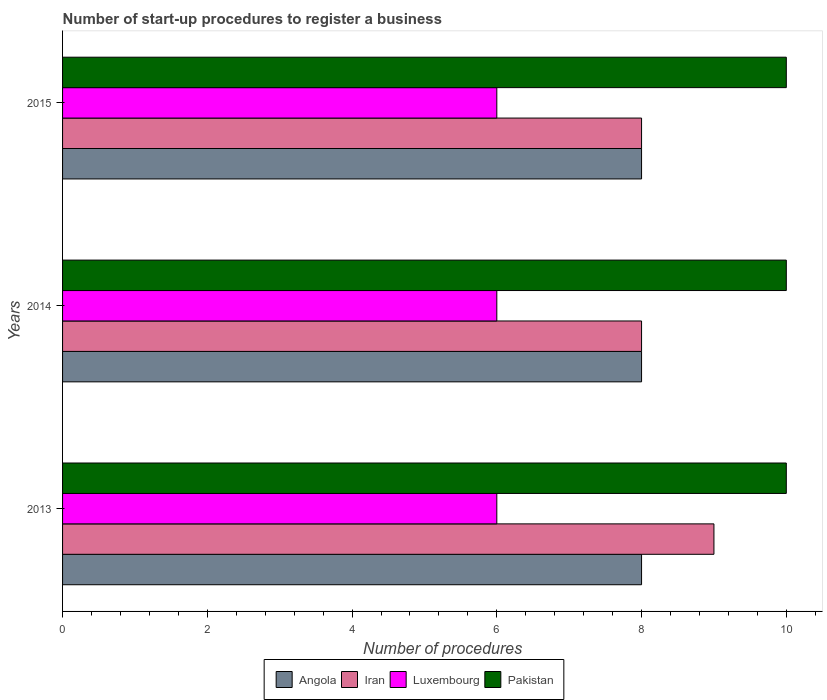
| Years | Angola | Iran | Luxembourg | Pakistan |
 | --- | --- | --- | --- | --- |
 | 2013 | 8 | 9 | 6 | 10 |
 | 2014 | 8 | 8 | 6 | 10 |
 | 2015 | 8 | 8 | 6 | 10 |